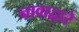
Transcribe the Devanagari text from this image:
नावाद्वारे